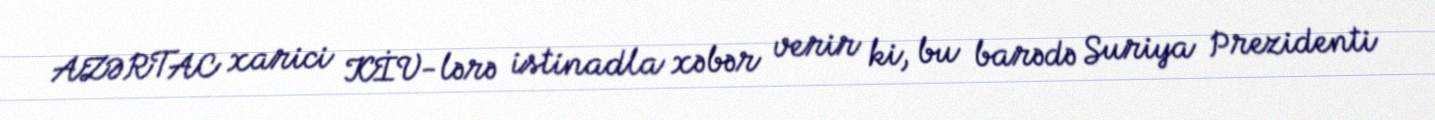
AZƏRTAC xarici KİV-lərə istinadla xəbər verir ki, bu barədə Suriya Prezidenti